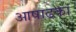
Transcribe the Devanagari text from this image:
आषाढका